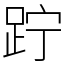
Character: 𨀉